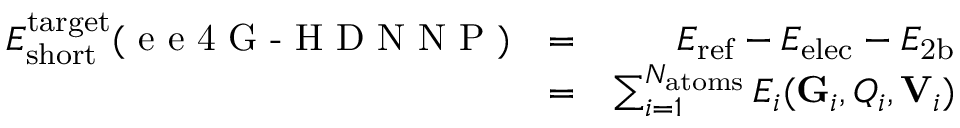
\begin{array} { r l r } { E _ { \mathrm { s h o r t } } ^ { \mathrm { t a r g e t } } ( { \textrm { e e 4 G - H D N N P } } ) } & { = } & { E _ { \mathrm { r e f } } - E _ { \mathrm { e l e c } } - E _ { \mathrm { 2 b } } } \\ & { = } & { \sum _ { i = 1 } ^ { N _ { \mathrm { a t o m s } } } E _ { i } ( \mathrm { \mathbf { G } } _ { i } , Q _ { i } , \mathrm { \mathbf { V } } _ { i } ) } \end{array}